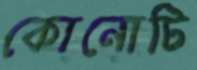
কোনোটি